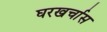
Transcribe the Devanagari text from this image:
घरखर्चास